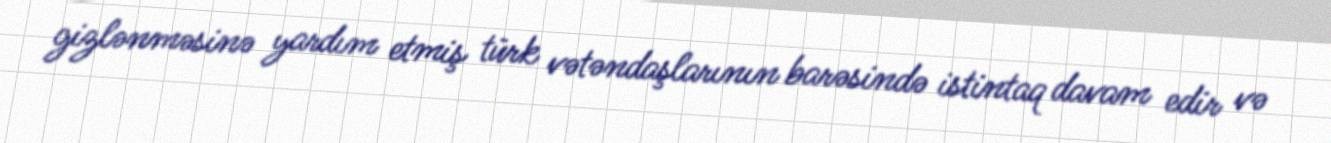
gizlənməsinə yardım etmiş türk vətəndaşlarının barəsində istintaq davam edir və